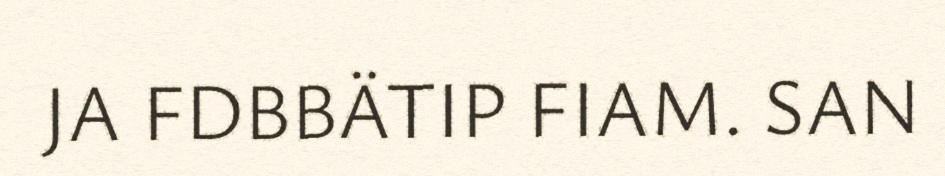
JA FDBBÄTIP FIAM. SAN